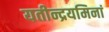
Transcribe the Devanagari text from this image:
यतीन्द्रयमिनां